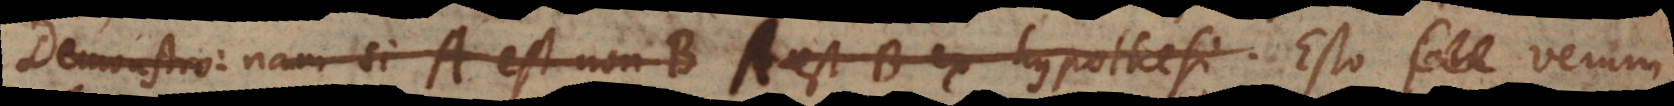
Demonstro: nam si A est non‐B A est B ex hypothesi. Esto jam verum